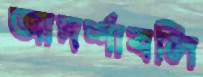
আদর্শাবলি